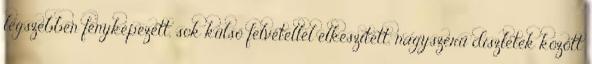
legszebben fényképezett, sok külső felvétellel elkészített, nagyszerű díszletek között